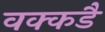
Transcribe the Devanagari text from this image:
वक्कडै